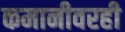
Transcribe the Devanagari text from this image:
कमानीवरही